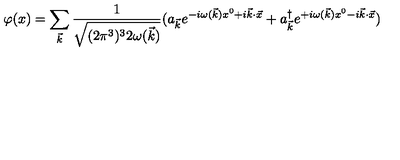
\varphi ( x ) = \sum _ { { \vec { k } } } { \frac { 1 } { \sqrt { ( 2 \pi ^ { 3 } ) ^ { 3 } 2 \omega ( { \vec { k } } ) } } } ( a _ { { \vec { k } } } e ^ { - i \omega ( { \vec { k } } ) x ^ { 0 } + i { \vec { k } } \cdot { \vec { x } } } + a _ { { \vec { k } } } ^ { \dag } e ^ { + i \omega ( { \vec { k } } ) x ^ { 0 } - i { \vec { k } } \cdot { \vec { x } } } )